画像に写った文字を読んでください
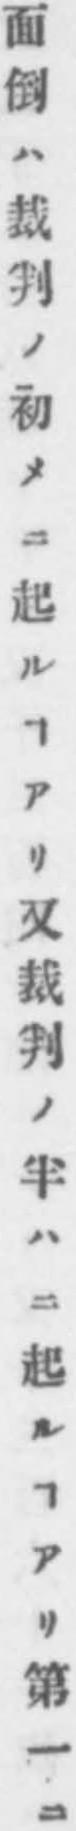
「面倒ハ裁判ノ初メニ起ルヿアリ又裁判ノ半ハニ起ルヿアリ第一ニ」と書いてあります